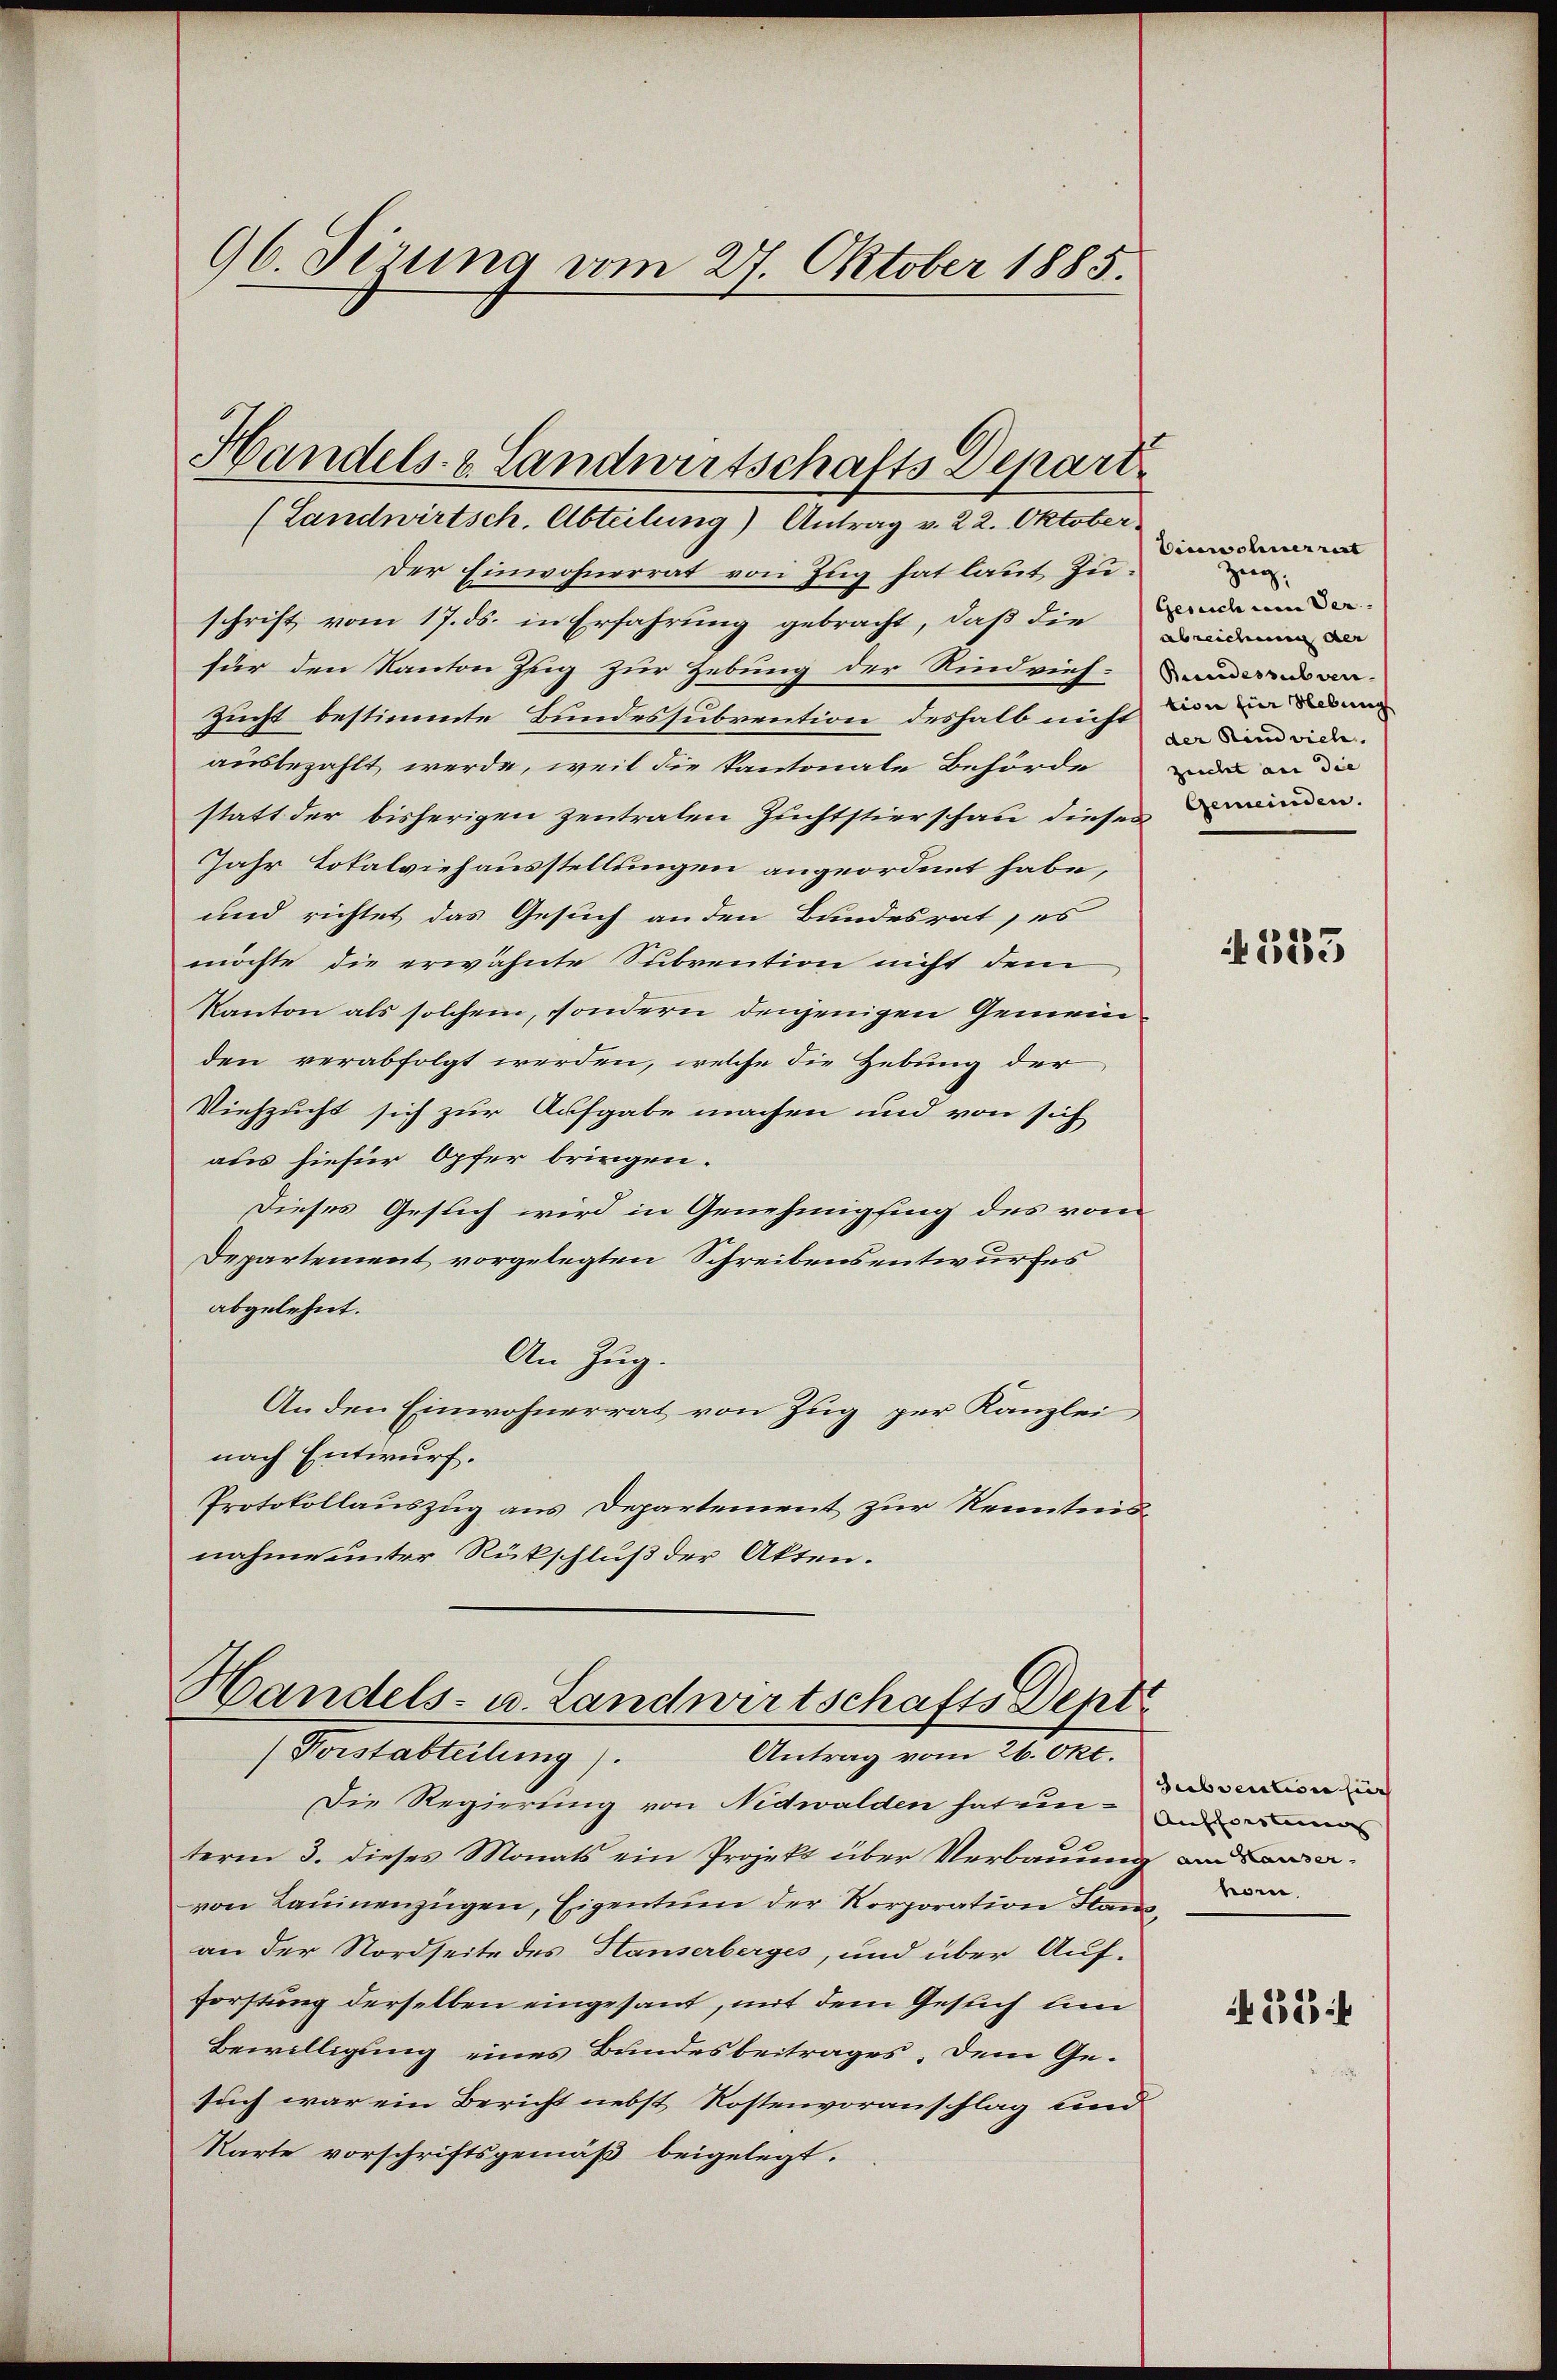
96. Sirung vom 27. Oktober 1885.

(Landwirtsch. Abteilung) Antrag v. 22. Oktober
Der Einwohnerrat von Zug hat laut Zuschrift vom 17. ds. in Erfahrung gebracht, daß die Bunde
für den Kanton Zug zur Hebung der Rindvieh¬
Zucht bestimmte Bundessubvention deshalb nicht von in dann
ausbezahlt werde, weil die kantonale Behörde in an die
statt der bisherigen zentraten Zuchtstierschau dieser Finden.
Jahr Lokalviehausstellungen angeordnet habe,
und richtet das Gesuch an den Bundesrat, es
möchte die erwähnte Subvention nicht dem
Kanton als solchem, sondern denjenigen Gemeinden verabfolgt werden, welche die Hebung der
Viehzucht sich zur Aufgabe machen und von sich
ads hiefür Opfer bringen.
Dieses Gesuch wird in Genehmigfing des vom
Departement vorgelegten Schreibensentwurfes
abgelehnt.
An Zug.
An den Einwohnerrat von Zug per Kanzlei
nach Entwurf.
Protokollauszug aus Departement zur Kenntnisnahme unter Rückschluß der Akten.

Handels- & Landwirtschafts Depart

Handels- u. Landwirtschafts Sept
(Forstabteilung).
Antrag vom 26. Okt.

Einwohnerrest
Zeig.
abreichen der
Bundessubven. |
der Rindvieh

Die Regierung von Nidwalden hat unnd mi
term 3. dieses Monats ein Projekt über Verbauung anmavon Laminenzügen, Eigentum der Korporation Flanz m
an der Nordseite des Hauserberges, und über Aufforstung derselben eingesant, mit dem Gesuch lin
Bewilligung eines Bundesbeitrages, dem Ge-
such war ein Bericht nebst Kostenvoranschlag und
Karte vorschriftsgemäß beigelegt.

333

Subvention zur

N 223 f